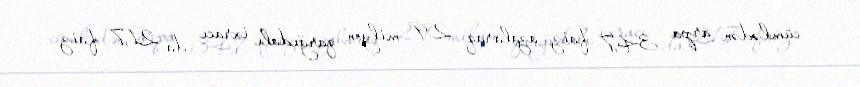
cümlədən arpa 34,7 faiz azalaraq 2,9 milyon, qarğıdalı ixracı da 21,7 faiz